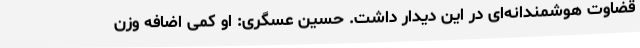
قضاوت هوشمندانه‌ای در این دیدار داشت. حسین عسگری: او کمی اضافه وزن